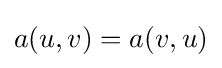
a(u,v)=a(v,u)